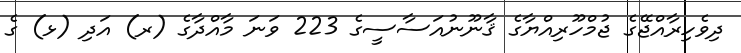
ދިވެހިރާއްޖޭގެ ޖުމްހޫރިއްޔާގެ ޤާނޫނުއަސާސީގެ 223 ވަނަ މާއްދާގެ (ރ) އަދި (ޅ) ގެ